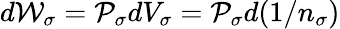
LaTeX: d{\cal W}_{\sigma}={\cal P}_{\sigma}dV_{\sigma}={\cal P}_{\sigma}d(1/n_{\sigma})